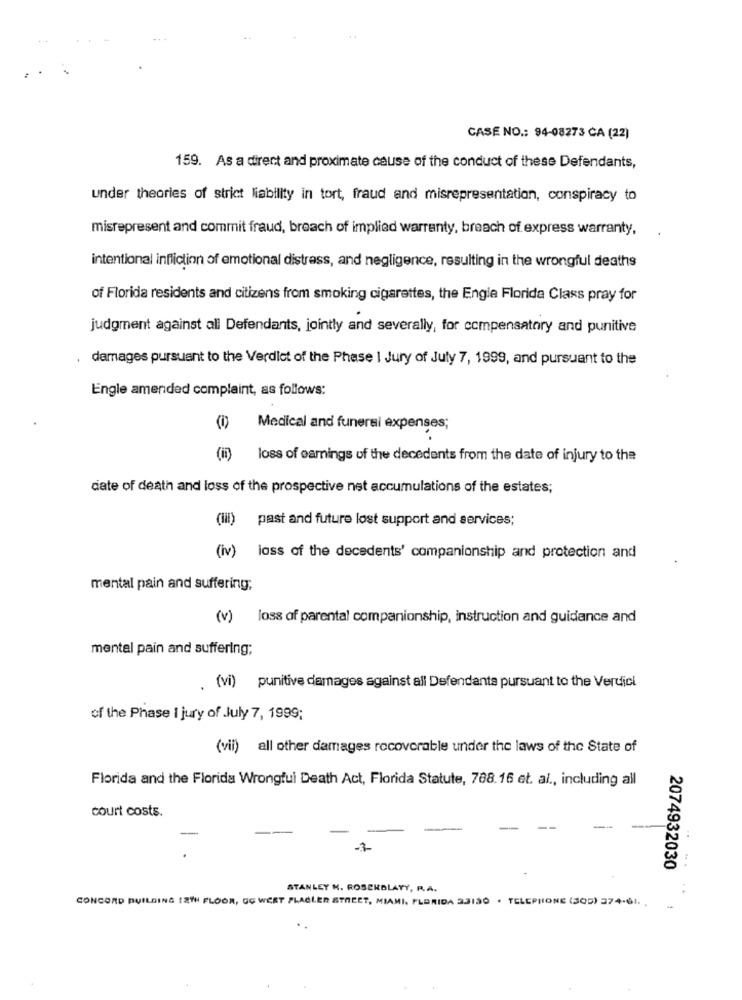
CASE NO .: 94-08273 CA (22)
159. As a direct and proximate cause of the conduct of these Defendants,
under theories of strict liability in tort, fraud and misrepresentation, conspiracy to
misrepresent and commit fraud, breach of implied warranty, breach of express warranty,
intentional infliction of emotional distress, and negligence, resulting in the wrongful deaths
of Florida residents and citizens from smoking cigarettes, the Engle Florida Class pray for
judgment against all Defendants, jointly and severally, for compensatory and punitive
damages pursuant to the Verdict of the Phase I Jury of July 7, 1999, and pursuant to the
Engle amended complaint, as follows:
Medical and funeral expenses;
(ii)
loss of eamings of the decedents from the date of injury to the
date of death and loss of the prospective net accumulations of the estates;
(lil) past and future lost support and services;
(iv) loss of the decedents' companionship and protection and
mental pain and suffering;
(v) loss of parental companionship, instruction and guidance and
mental pain and suffering;
. (vi) punitive damages against all Defendants pursuant to the Verdick
of the Phase I jury of July 7, 1999;
(vii) all other damages recoverable under the laws of the State of
Florida and the Florida Wrongful Death Act, Florida Statute, 788.16 et. al ., including all
court costs.
--
--
-3
2074932030
STANLEY H. ROSEKOLAYY, R.A.
CONCORD BUILDING 12TH FLOOR, GG WEET PLACLER STREET, MIAMI, FLORIDA 23130 . TELEPHONE (305) 274-61. .